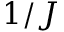
1 / J